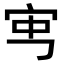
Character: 𡧥